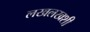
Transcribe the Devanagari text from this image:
लखलखशी